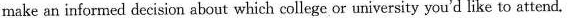
make an informed decision about which college or university you'd like to attend.